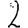
Digit: 2